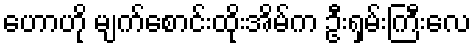
ဟောဟို မျက်စောင်းထိုးအိမ်က ဦးရှမ်းကြီးလေ